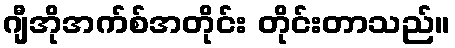
ဂျီအိုအက်စ်အတိုင်း တိုင်းတာသည်။